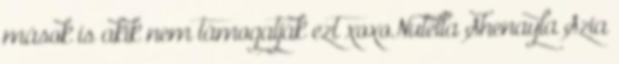
mások is akik nem támogatják ezt xoxoNutella Shenayla Szia